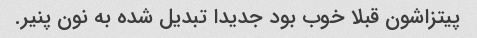
پیتزاشون قبلا خوب بود جدیدا تبدیل شده به نون پنیر.